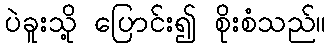
ပဲခူးသို့ ပြောင်း၍ စိုးစံသည်။